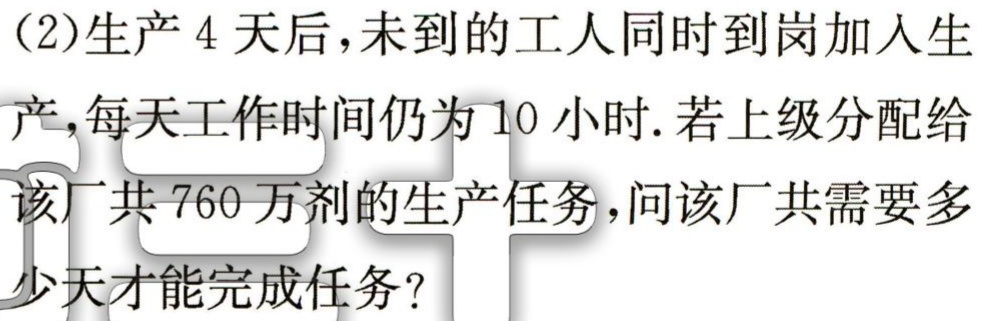
(2)生产4天后，未到的工人同时到岗加入生产，每天工作时间仍为10小时. 若上级分配给该厂共760万剂的生产任务，问该厂共需要多少天才能完成任务？